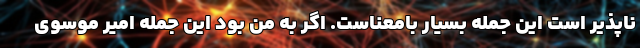
‌ناپذیر است این جمله بسیار بامعناست. اگر به من بود این جمله امیر موسوی